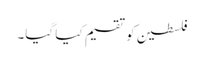
فلسطین کو تقسیم کیا گیا۔